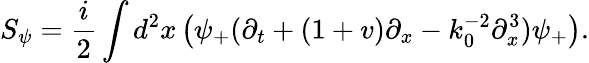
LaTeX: S_{\psi}=\frac{i}{2}\int d^{2}x\left(\psi_{+}(\partial_{t}+(1+v)\partial_{x}-k_{0}^{-2}\partial_{x}^{3})\psi_{+}\right).